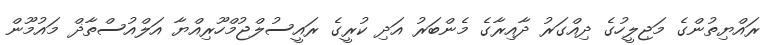
ރައްޔިތުންގެ މަޖިލީހުގެ ދިއްގަރު ދާއިރާގެ މެންބަރު އަދި ކުރީގެ ރައީސުލްޖުމްހޫރިއްޔާ އަލްއުސްތާޛް މައުމޫން